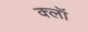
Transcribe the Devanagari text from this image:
क्लॉ